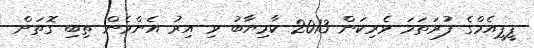
ޕީޕީއެމްގެ ފުރަތަމަ ވެރިކަން 2013 ކާމިޔާބު ވި އިރު އެންމެން ތިބި ގޮތަށް